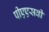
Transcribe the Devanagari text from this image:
पीएएसवी